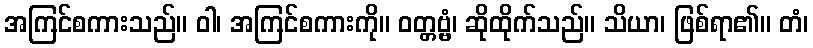
အကြင်စကားသည်။ ဝါ၊ အကြင်စကားကို။ ဝတ္တဗ္ဗံ၊ ဆိုထိုက်သည်။ သိယာ၊ ဖြစ်ရာ၏။ တံ၊